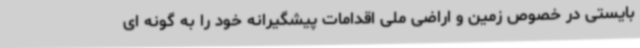
بایستی در خصوص زمین و اراضی ملی اقدامات پیشگیرانه خود را به گونه ای